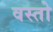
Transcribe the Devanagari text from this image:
वस्तो